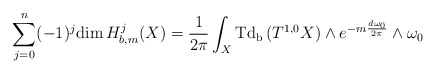
\begin{align*}\sum_{j=0}^{n}(-1)^{j}\mathrm{dim\,}H_{b,m}^{j}(X)=\frac{1}{2\pi }\int_{X}\mathrm{Td_{b}\,}(T^{1,0}X)\wedge e^{-m\frac{d\omega _{0}}{2\pi }}\wedge\omega _{0} \end{align*}